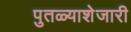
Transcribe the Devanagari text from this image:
पुतळ्याशेजारी